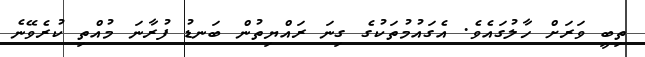
ތިބީ ވަރަށް ހާލުގައެވެ. އެގައުމުތަކުގެ ގިނަ ރައްޔިތުން ބަނޑު ފުރާނަ މުއްތި ކުރެވޭނެ